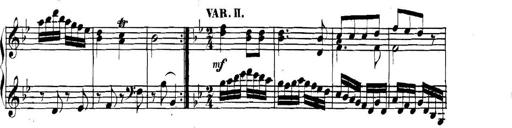
Title: Collected Piano Sonatas
Composer: Muzio Clementi